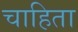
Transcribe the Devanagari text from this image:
चाहिता